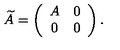
\widetilde { A } = \left( \begin{array} { c c } { A } & { 0 } \\ { 0 } & { 0 } \\ \end{array} \right) .